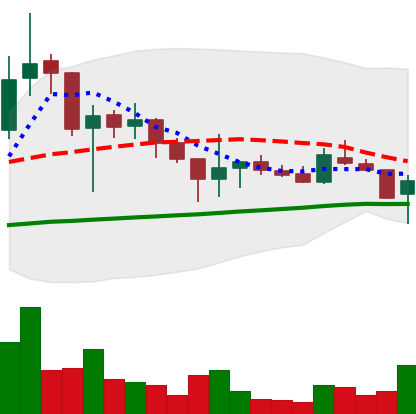
Ticker: LTC-USD
Chart end date: 2017-11-02
Forward return: 11.981%
Label: up_7plus